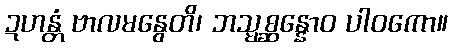
ဍဟန္တံ ဗာလမနွေတိ၊ ဘသ္မစ္ဆန္နောဝ ပါဝကော။